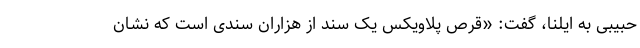
حبیبی به ایلنا، گفت: «قرص پلاویکس یک سند از هزاران سندی است که نشان